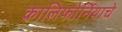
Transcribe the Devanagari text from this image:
कालिफोर्नियाचे